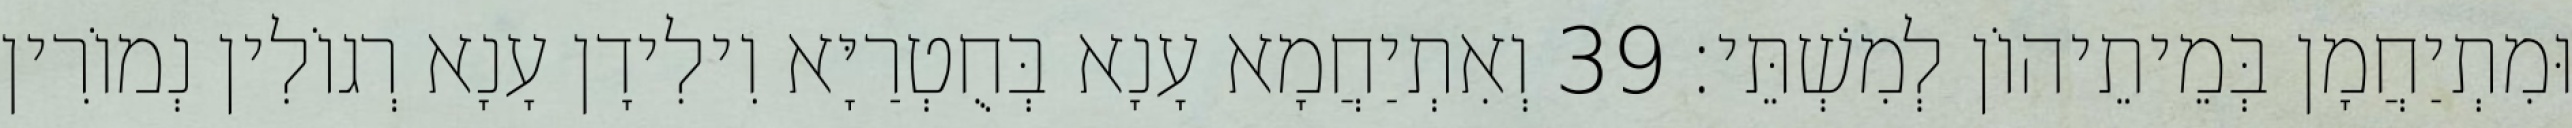
וּמִתְיַחֲמָן בְּמֵיתֵיהוֹן לְמִשְׁתֵּי׃ 39 וְאִתְיַחֲמָא עָנָא בְּחֻטְרַיָּא וִילִידָן עָנָא רְגוֹלִין נְמוֹרִין